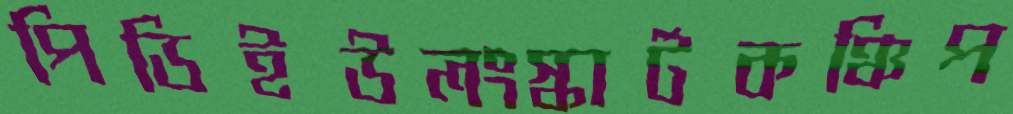
পিডিইউলংস্কার্টকঞ্চিপ